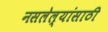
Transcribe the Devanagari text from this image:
नसलेल्यांसाठी